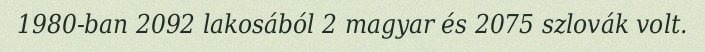
1980-ban 2092 lakosából 2 magyar és 2075 szlovák volt.